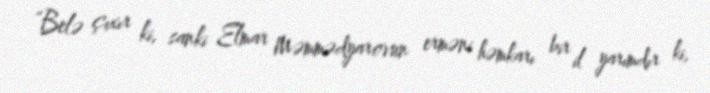
“Belə çıxır ki, sanki Elmar Məmmədyarovun erməni həmkarı bir il yarımdır ki,